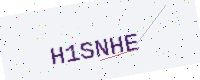
Text: H1SNHE